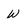
Character: w